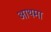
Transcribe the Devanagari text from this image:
आथमा